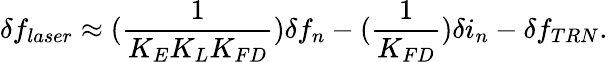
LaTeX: \delta f_{laser}\approx(\frac{1}{K_{E}K_{L}K_{FD}})\delta f_{n}-(\frac{1}{K_{FD}})\delta i_{n}-\delta f_{TRN}.